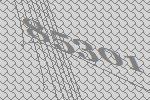
85301